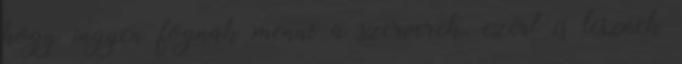
hogy ingyen fognak menni a szerverek, ezért is lesznek